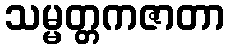
သမ္မတ္တကဇာတာ